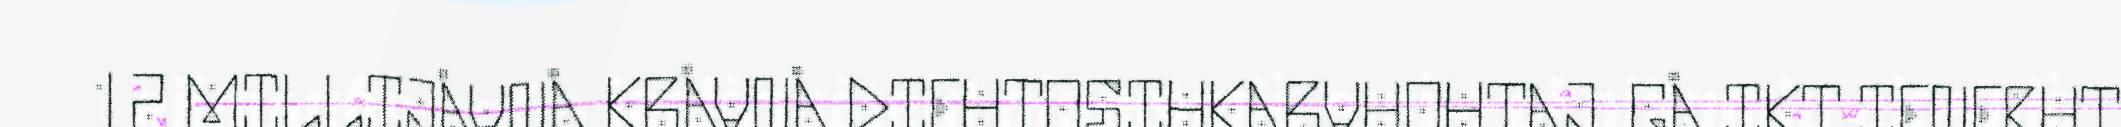
12 MILLIJÅVNÅ KRÅVNÅ DIEHTOSIHKARVUOHTAJ. GÅ IKT IENEBUT